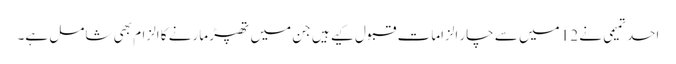
احد تمیمی نے 12 میں سے چار الزامات قبول کیے ہیں جن میں تھپڑ مارنے کا الزام بھی شامل ہے۔